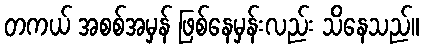
တကယ် အစစ်အမှန် ဖြစ်နေမှန်းလည်း သိနေသည်။